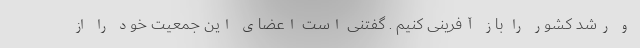
و رشد کشور را باز آفرینی کنیم . گفتنی است اعضای این جمعیت خود را از